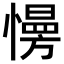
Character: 𢢔